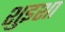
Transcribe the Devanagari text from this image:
शुइशा